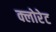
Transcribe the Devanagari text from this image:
क्‍लोरेट